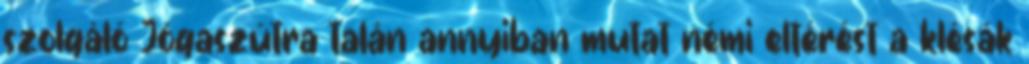
szolgáló Jógaszútra talán annyiban mutat némi eltérést a klésák